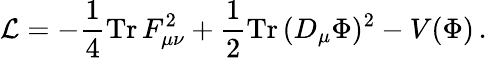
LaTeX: {\cal L}=-{\frac{1}{4}}\mathrm{Tr}\, F_{\mu\nu}^{2}+{\frac{1}{2}}\mathrm{Tr}\, (D_{\mu}\Phi)^{2}-V(\Phi)\, .